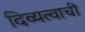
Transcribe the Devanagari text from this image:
दिव्यत्वाची